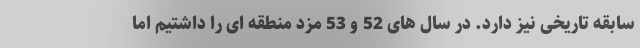
سابقه تاریخی نیز دارد. در سال های 52 و 53 مزد منطقه ای را داشتیم اما